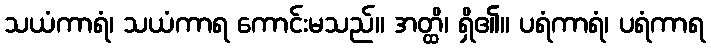
သယံကာရံ၊ သယံကာရ ကောင်းမသည်။ အတ္ထိ၊ ရှိ၏။ ပရံကာရံ၊ ပရံကာရ